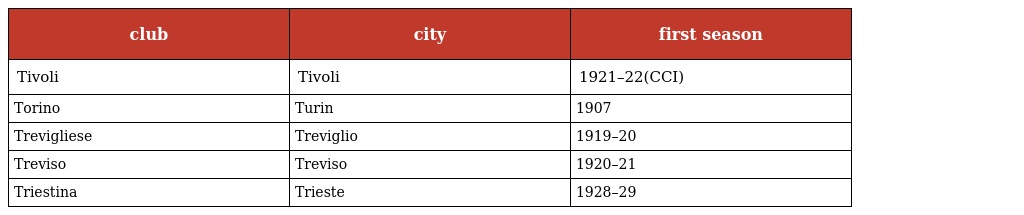
| club | city | first season |
 | --- | --- | --- |
 | Tivoli | Tivoli | 1921–22(CCI) |
 | Torino | Turin | 1907 |
 | Trevigliese | Treviglio | 1919–20 |
 | Treviso | Treviso | 1920–21 |
 | Triestina | Trieste | 1928–29 |